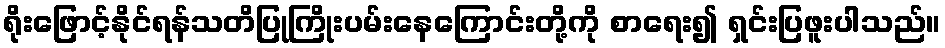
ရိုးဖြောင့်နိုင်ရန်သတိပြုကြိုးပမ်းနေကြောင်းတို့ကို စာရေး၍ ရှင်းပြဖူးပါသည်။